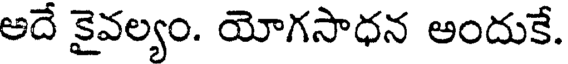
అదే కైవల్యం. యోగసాధన అందుకే.